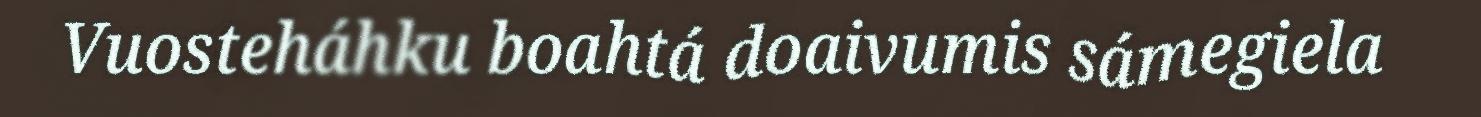
Vuosteháhku boahtá doaivumis sámegiela